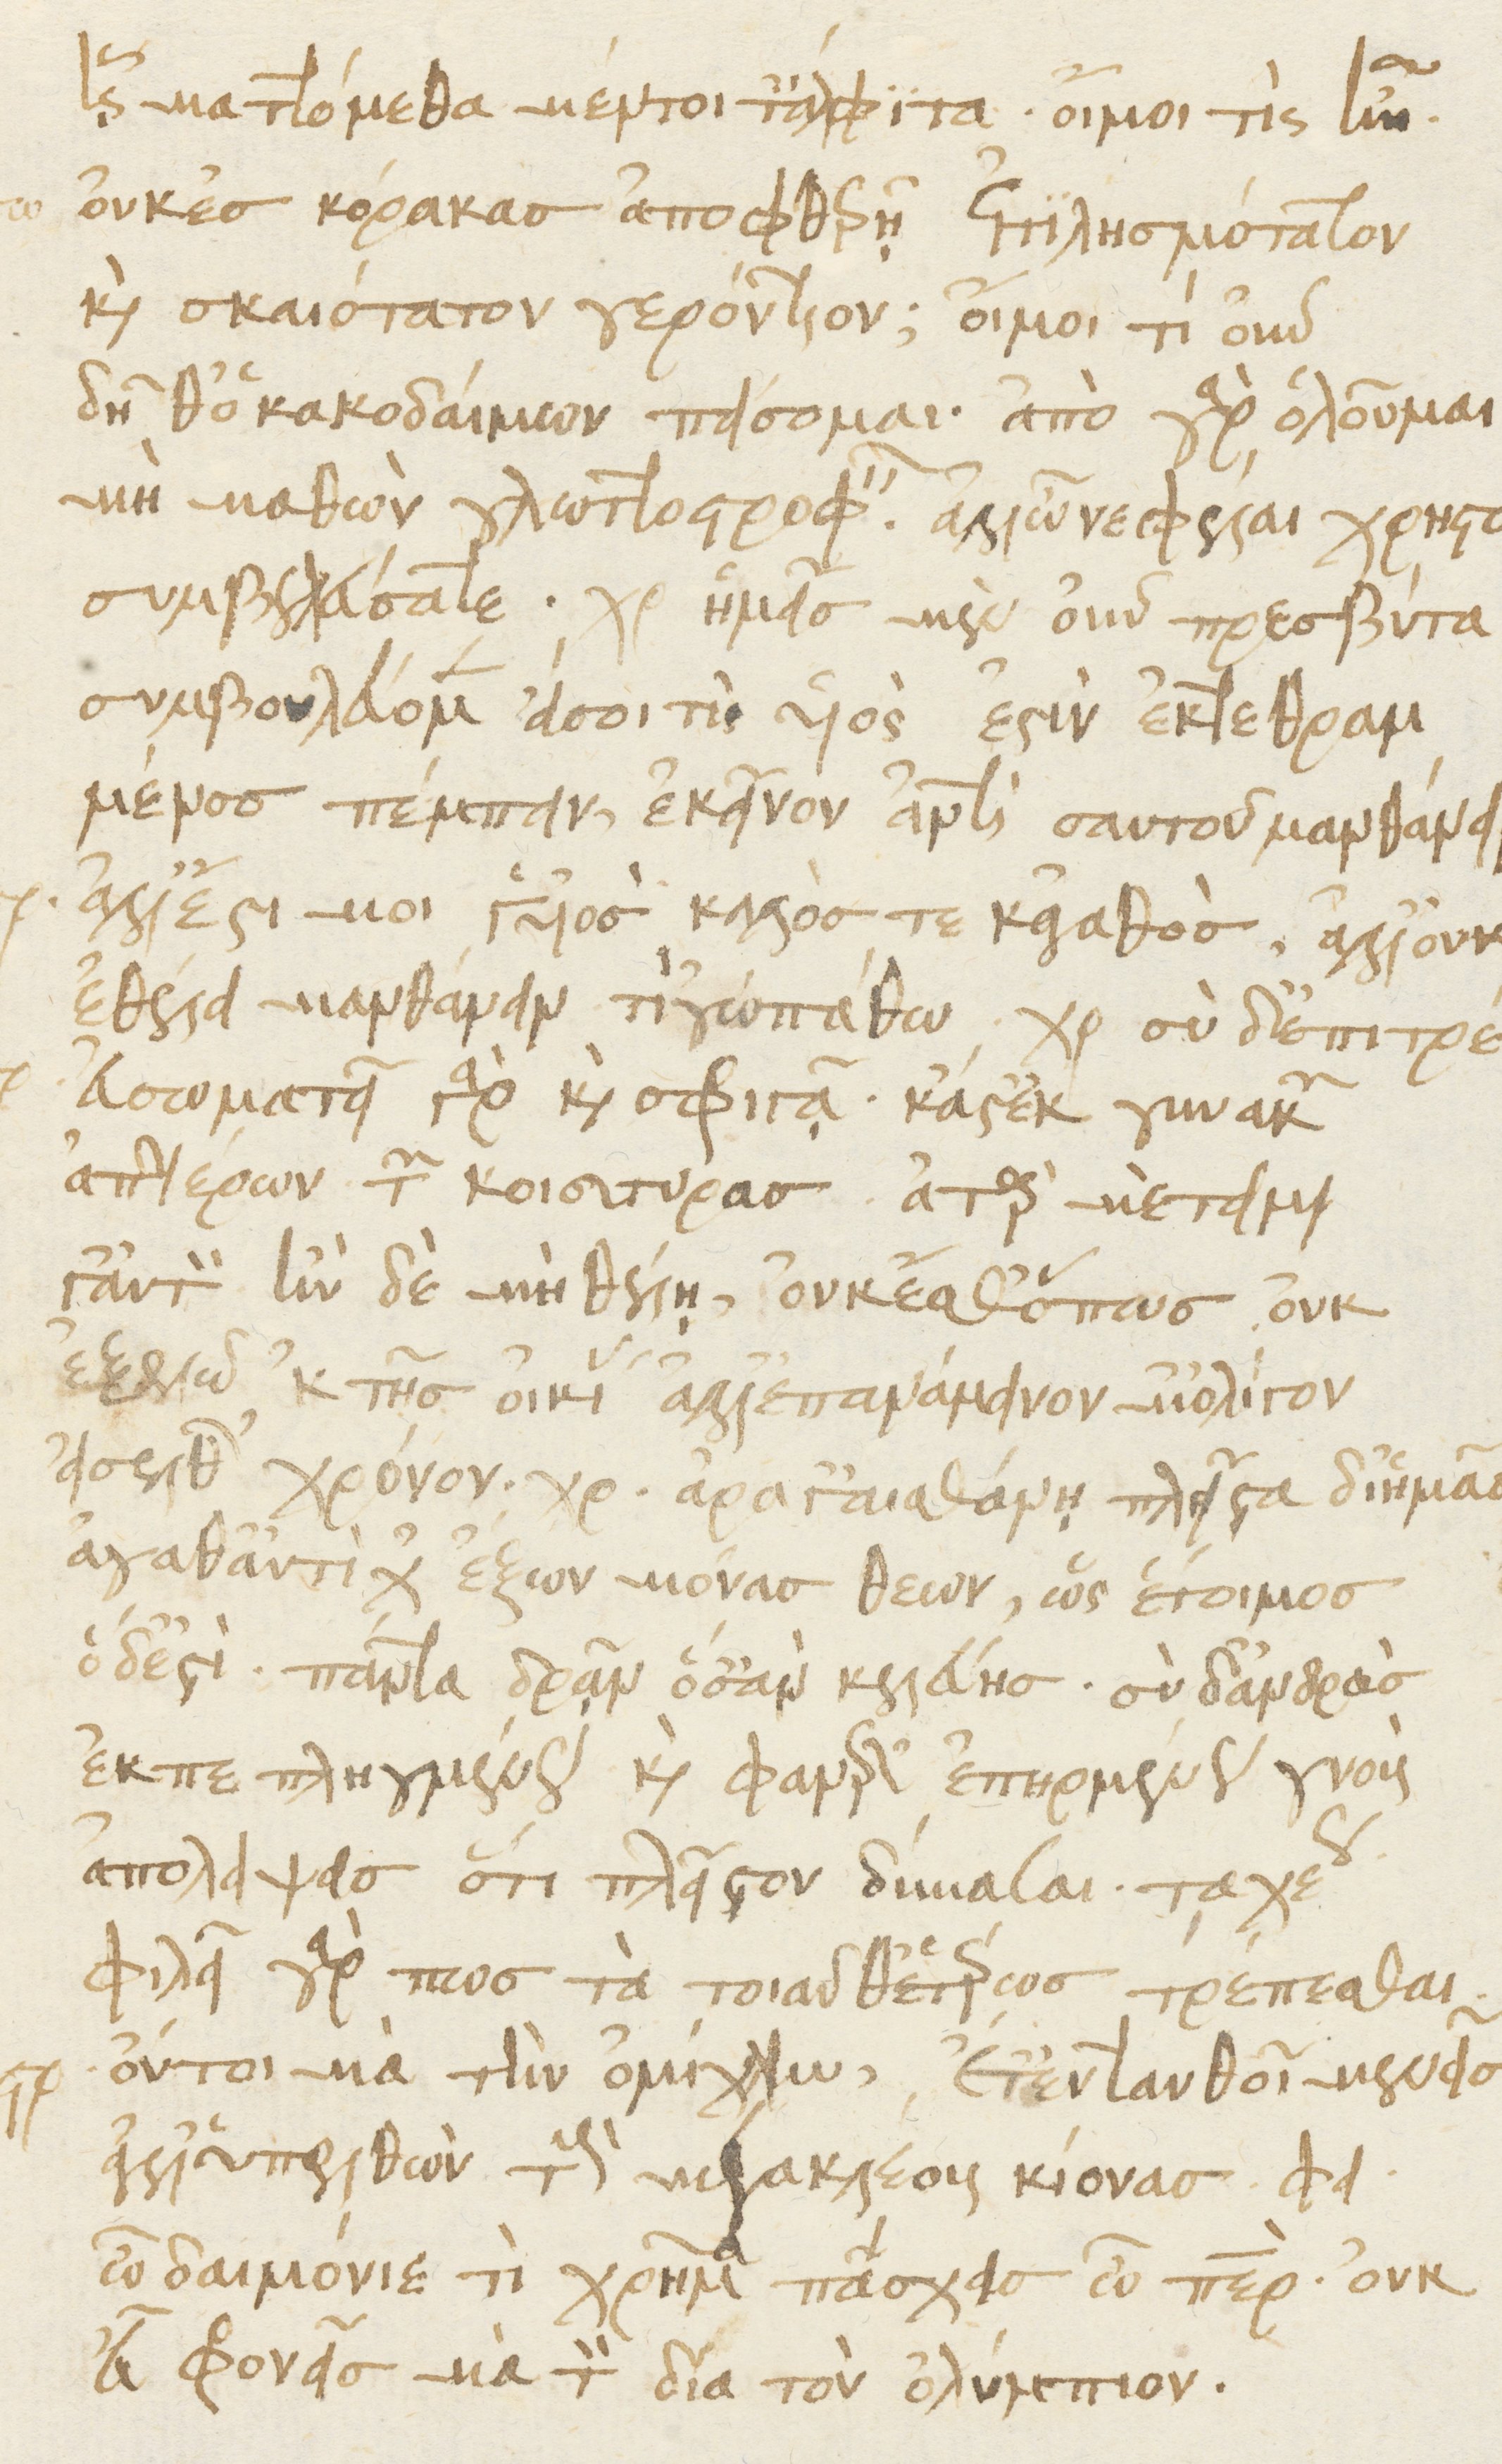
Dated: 1476–1506